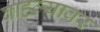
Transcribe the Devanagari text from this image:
वाहल्यावर